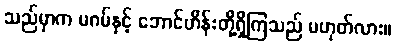
သည်မှာက မဂမ်နှင့် ဘောင်ဟိန်းတို့ရှိကြသည် မဟုတ်လား။